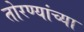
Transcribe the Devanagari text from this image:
तोरण्यांच्या